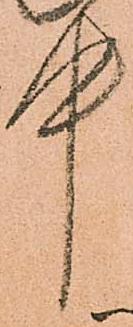
中